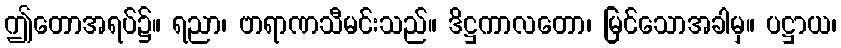
ဤတောအရပ်၌။ ရညာ၊ ဗာရာဏသီမင်းသည်။ ဒိဋ္ဌကာလတော၊ မြင်သောအခါမှ။ ပဋ္ဌာယ၊